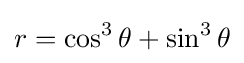
r=\cos ^{3}\theta +\sin ^{3}\theta